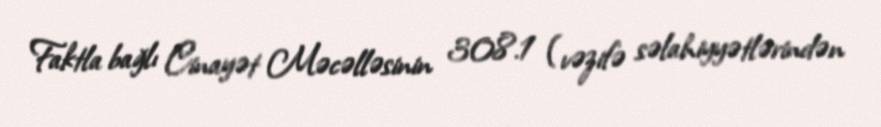
Faktla bağlı Cinayət Məcəlləsinin 308.1 (vəzifə səlahiyyətlərindən